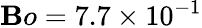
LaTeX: \mathbf{B}o=7.7\times10^{-1}